DOW-UAP-D64, Mission Report, Iran, November 2020
Agency: Department of War
Incident date: 11/2/20
Incident location: Iran
Page 6
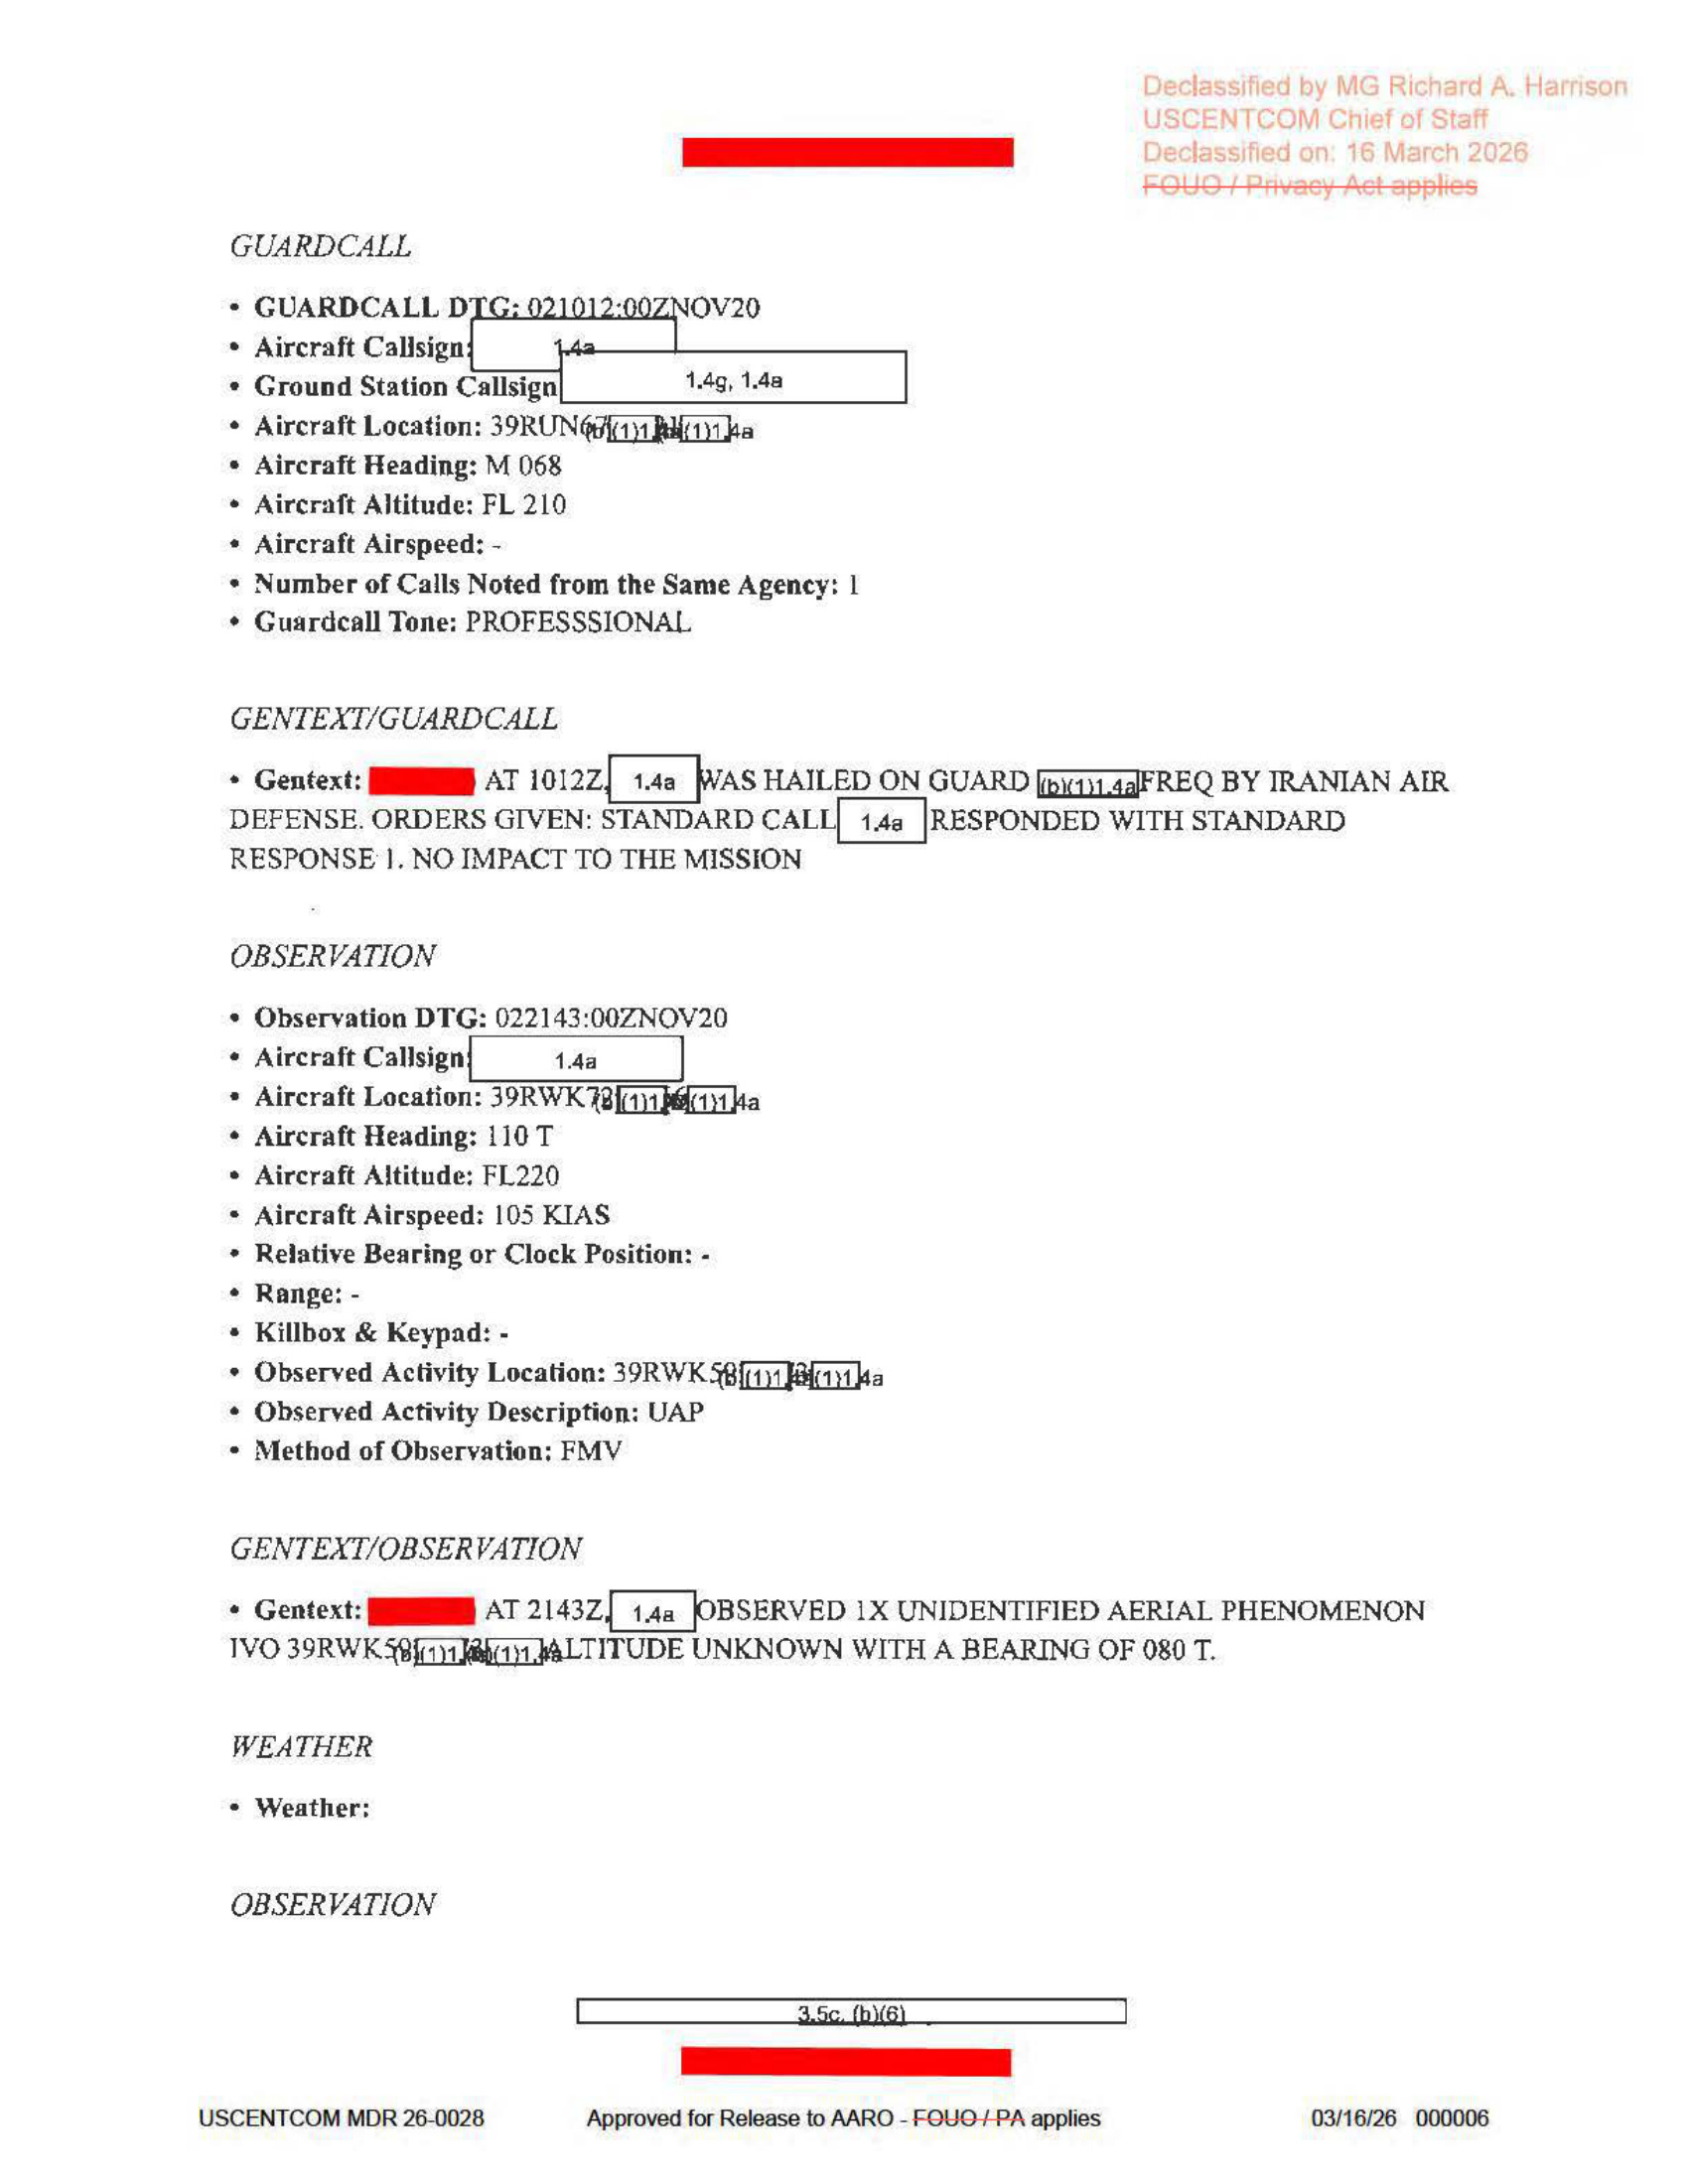